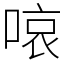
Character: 㗒